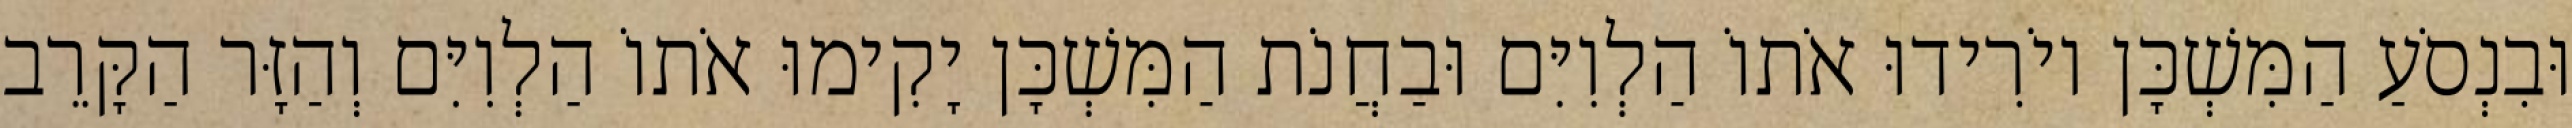
וּבִנְסֹעַ הַמִּשְׁכָּן יוֹרִידוּ אֹתוֹ הַלְוִיִּם וּבַחֲנֹת הַמִּשְׁכָּן יָקִימוּ אֹתוֹ הַלְוִיִּם וְהַזָּר הַקָּרֵב